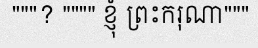
"""? """" ខ្ញុំ ព្រះករុណា"""